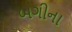
બગીના